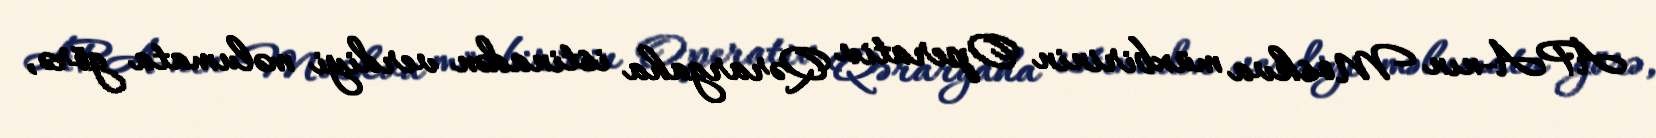
APA-nın Moskva müxbirinin Operativ Qərargaha istinadən verdiyi məlumata görə,